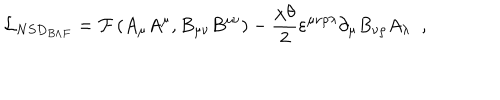
\mathcal { L } _ { N S D _ { B \wedge F } } = \mathcal { F } \left( A _ { \mu } A ^ { \mu } , B _ { \mu \nu } B ^ { \mu \nu } \right) - \frac { \chi \theta } { 2 } \varepsilon ^ { \mu \nu \rho \lambda } \partial _ { \mu } B _ { \nu \rho } A _ { \lambda } \; \; ,